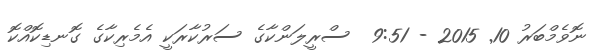
ނޮވެމްބަރު 10